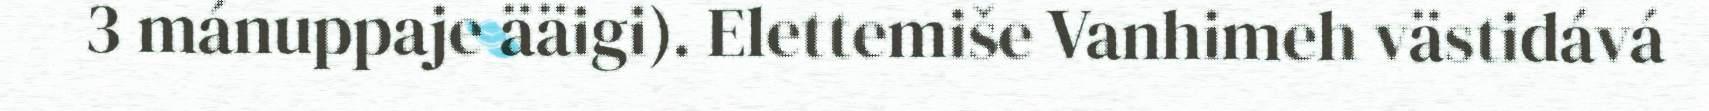
3 mánuppaje ääigi). Elettemiše Vanhimeh västidává